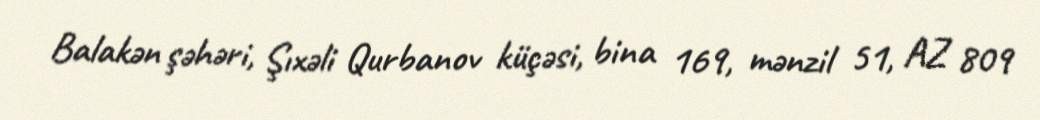
Balakən şəhəri, Şıxəli Qurbanov küçəsi, bina 169, mənzil 51, AZ 809